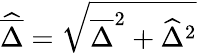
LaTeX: \widehat{\overline{{\Delta}}}=\sqrt{\overline{{\Delta}}^{2}+\widehat{\Delta}^{2}}